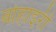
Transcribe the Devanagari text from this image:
बोहाइरी